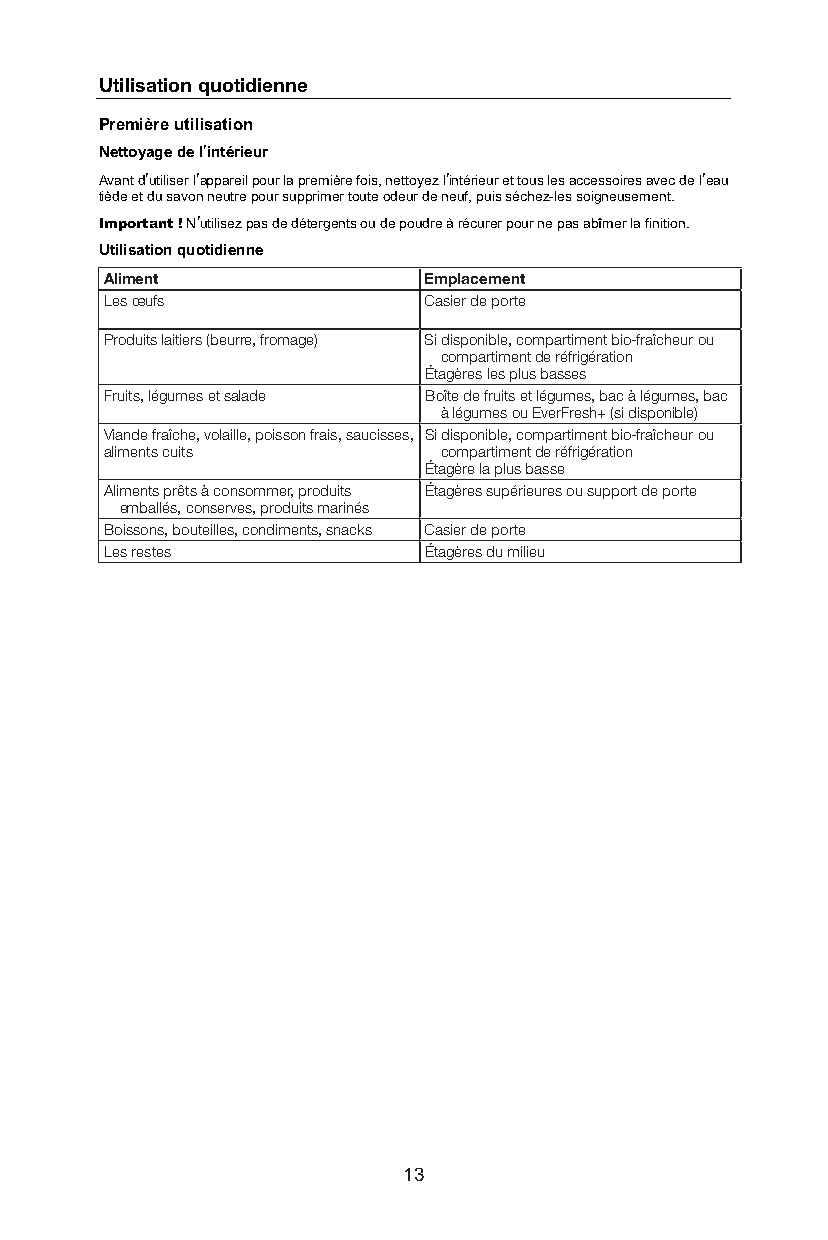
Utilisation quotidienne
 Première utilisation
 Nettoyage de l’intérieur
 Avant d’utiliser l’appareil pour la première fois, nettoyez l’intérieur et tous les accessoires avec de l’eau
 tiède et du savon neutre pour supprimer toute odeur de neuf, puis séchez-les soigneusement.
 Important!N’utilisez pas de détergents ou de poudre à récurer pour ne pas abîmer la finition.
 Utilisation quotidienne
 Aliment              Emplacement
 Les œufs             Casier de porte
 Produits laitiers (beurre, fromage) Si disponible, compartiment bio-fraîcheur ou
 compartiment de réfrigération
 Étagères les plus basses
 Fruits, légumes et salade Boîte de fruits et légumes, bac à légumes, bac
 à légumes ou EverFresh+ (si disponible)
 Viande fraîche, volaille, poisson frais, saucisses, Si disponible, compartiment bio-fraîcheur ou
 aliments cuits        compartiment de réfrigération
 Étagère la plus basse
 Aliments prêts à consommer, produits Étagères supérieures ou support de porte
 emballés, conserves, produits marinés
 Boissons, bouteilles, condiments, snacks Casier de porte
 Les restes           Étagères du milieu
 13